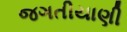
જગતીયાણી